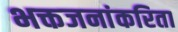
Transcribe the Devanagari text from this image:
भक्तजनांकरिता